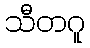
သီတဂူ